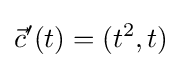
{\vec {c}}'(t)=(t^{2},t)